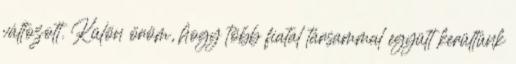
változott. Külön öröm, hogy több fiatal társammal együtt kerültünk